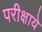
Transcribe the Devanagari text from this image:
परीक्षाये